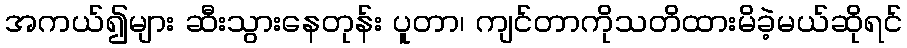
အကယ်၍များ ဆီးသွားနေတုန်း ပူတာ၊ ကျင်တာကိုသတိထားမိခဲ့မယ်ဆိုရင်